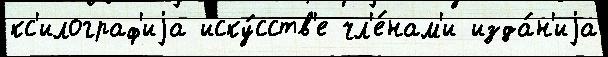
кс'илограф'иjа иску́сств'е чл'е́нам'и изда́н'иjа